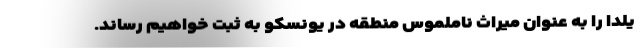
یلدا را به عنوان میراث ناملموس منطقه در یونسکو به ثبت خواهیم رساند.